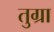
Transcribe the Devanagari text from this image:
तुग्रा